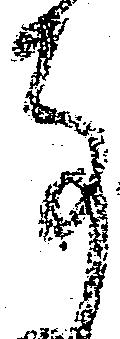
事